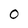
Character: 0